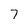
Character: 7